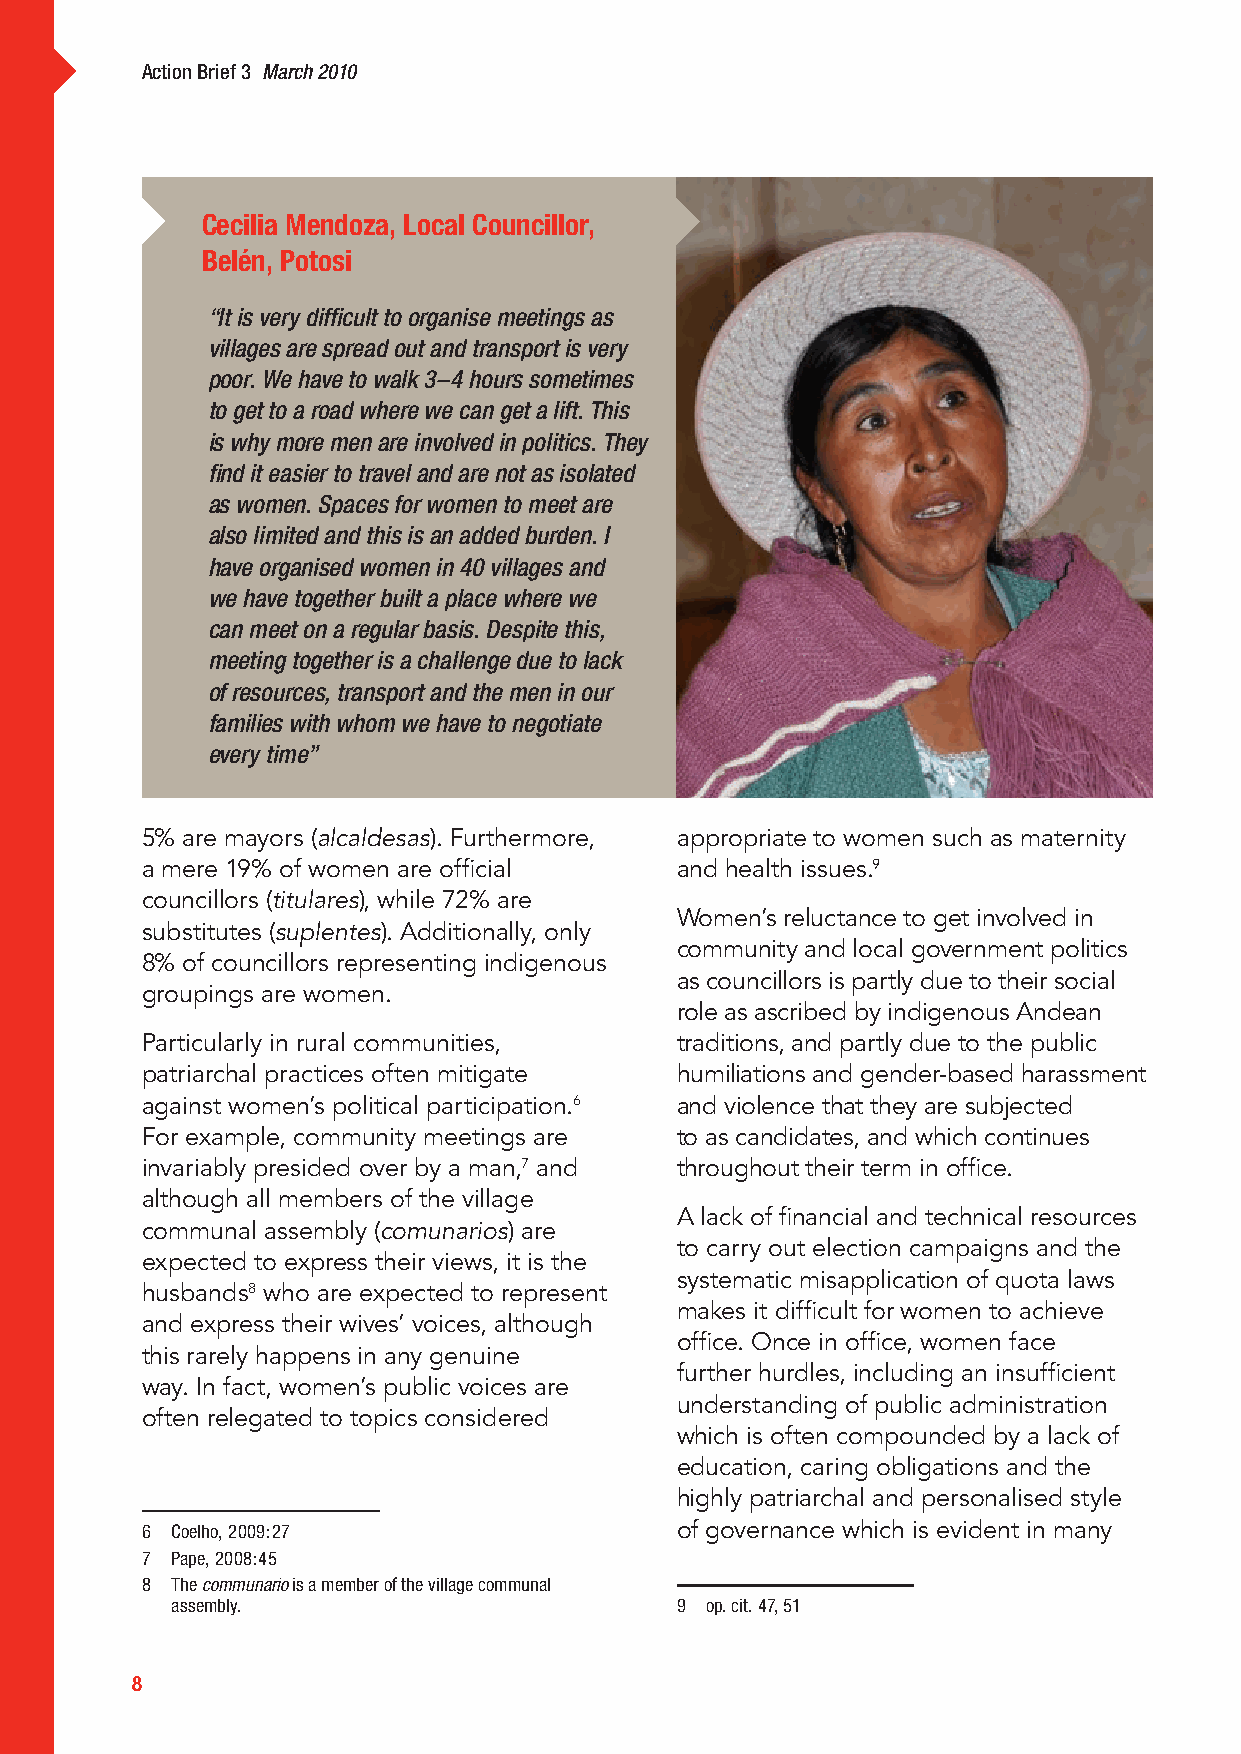
Action Brief 3 March 2010
 Cecilia Mendoza, Local Councillor,
 Belén, Potosi
 “It is very difficult to organise meetings as
 villages are spread out and transport is very
 poor. We have to walk 3–4 hours sometimes
 to get to a road where we can get a lift. This
 is why more men are involved in politics. They
 find it easier to travel and are not as isolated
 as women. Spaces for women to meet are
 also limited and this is an added burden. I
 have organised women in 40 villages and
 we have together built a place where we
 can meet on a regular basis. Despite this,
 meeting together is a challenge due to lack
 of resources, transport and the men in our
 families with whom we have to negotiate
 every time”
 5% are mayors (alcaldesas). Furthermore, appropriate to women such as maternity
 a mere 19% of women are official    and health issues.9
 councillors (titulares), while 72% are
 Women’s reluctance to get involved in
 substitutes (suplentes). Additionally, only
 community and local government politics
 8% of councillors representing indigenous
 as councillors is partly due to their social
 groupings are women.
 role as ascribed by indigenous Andean
 Particularly in rural communities,  traditions, and partly due to the public
 patriarchal practices often mitigate humiliations and gender-based harassment
 against women’s political participation.6 and violence that they are subjected
 For example, community meetings are to as candidates, and which continues
 invariably presided over by a man,7 and throughout their term in office.
 although all members of the village
 A lack of financial and technical resources
 communal assembly (comunarios) are
 to carry out election campaigns and the
 expected to express their views, it is the
 systematic misapplication of quota laws
 husbands8 who are expected to represent
 makes it difficult for women to achieve
 and express their wives’ voices, although
 office. Once in office, women face
 this rarely happens in any genuine
 further hurdles, including an insufficient
 way. In fact, women’s public voices are
 understanding of public administration
 often relegated to topics considered
 which is often compounded by a lack of
 education, caring obligations and the
 highly patriarchal and personalised style
 6 Coelho, 2009:27                   of governance which is evident in many
 7 Pape, 2008:45
 8 The communario is a member of the village communal
 assembly.                         9 op. cit. 47, 51
 8